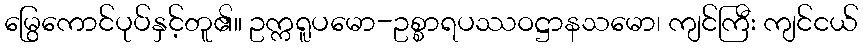
မြွေကောင်ပုပ်နှင့်တူ၏။ ဥက္ကရူပမော-ဥစ္စာရပဿဝဋ္ဌာနသမော၊ ကျင်ကြီး ကျင်ငယ်